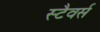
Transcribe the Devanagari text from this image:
स्टैवर्स